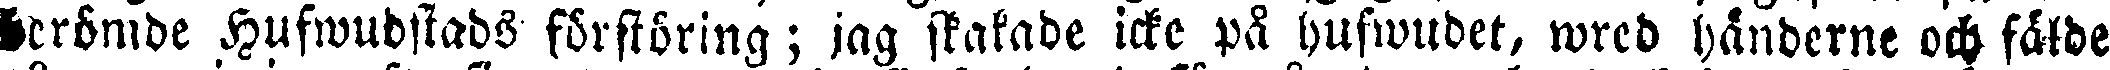
Berömde Hufwudstads förstöring; jag skakade icke på hufwudet, wred händerne och fälde